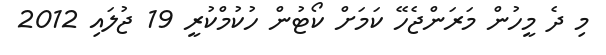
މި ދެ މީހުން މަރަންޖެހޭ ކަމަށް ކޯޓުން ހުކުމްކުރީ 19 ޖުލައި 2012